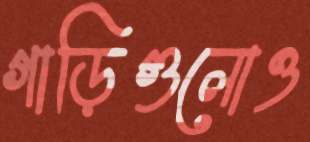
গাড়িগুলোও